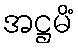
အဋ္ဌမိံ